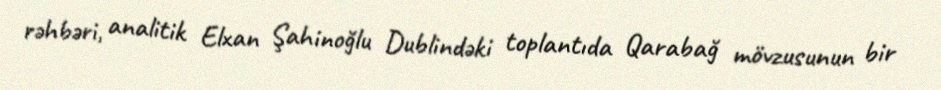
rəhbəri, analitik Elxan Şahinoğlu Dublindəki toplantıda Qarabağ mövzusunun bir